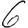
Digit: 6